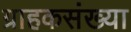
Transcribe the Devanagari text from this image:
ग्राहकसंख्या